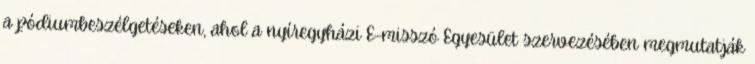
a pódiumbeszélgetéseken, ahol a nyíregyházi E-misszó Egyesület szervezésében megmutatják